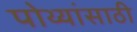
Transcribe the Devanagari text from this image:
पोथ्यांसाठी